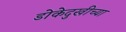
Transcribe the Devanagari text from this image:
डोकेदुखीच्या